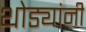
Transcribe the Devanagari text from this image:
थोड्यांनी